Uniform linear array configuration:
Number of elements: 8
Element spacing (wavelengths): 0.5
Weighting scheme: hann
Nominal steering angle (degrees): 30
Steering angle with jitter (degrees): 30.295
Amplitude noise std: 0.05
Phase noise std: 0.05

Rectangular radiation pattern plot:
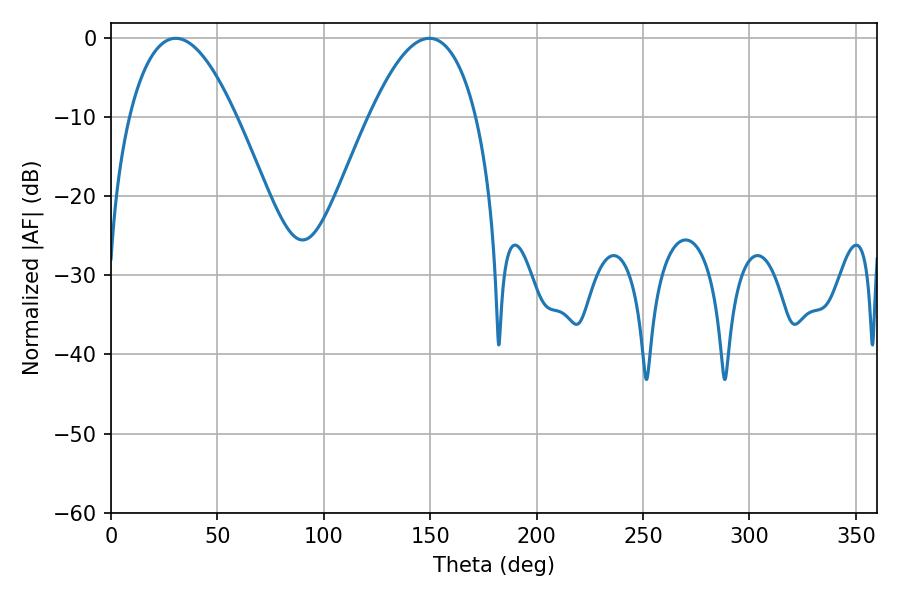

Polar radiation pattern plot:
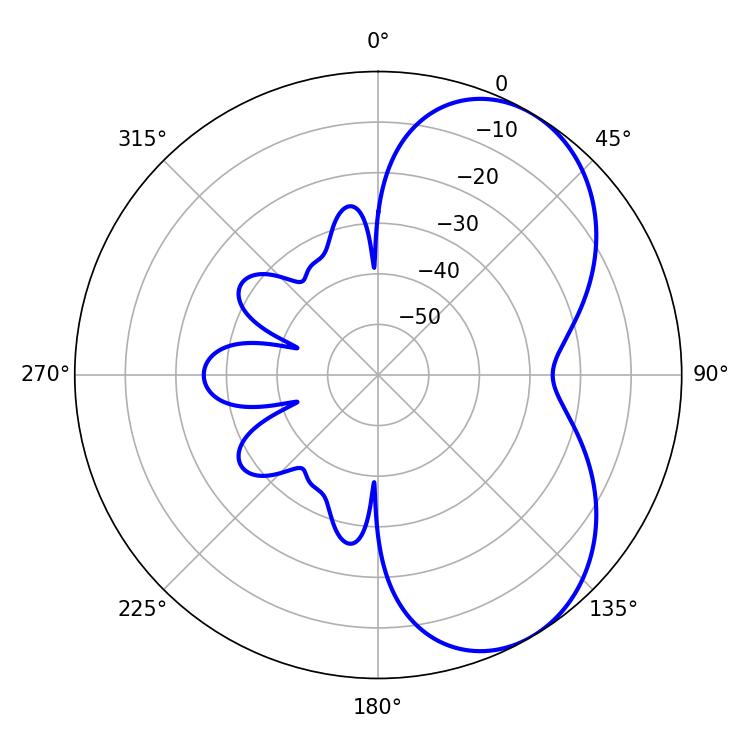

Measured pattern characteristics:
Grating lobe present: FALSE
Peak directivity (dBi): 5.636
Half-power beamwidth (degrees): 27.54
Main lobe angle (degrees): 30.42